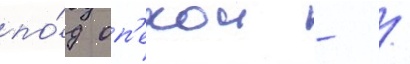
по́д оп'екои - /